Annual administration report of the Civil Veterinary Department of India - 1897-1898
Year: 1897
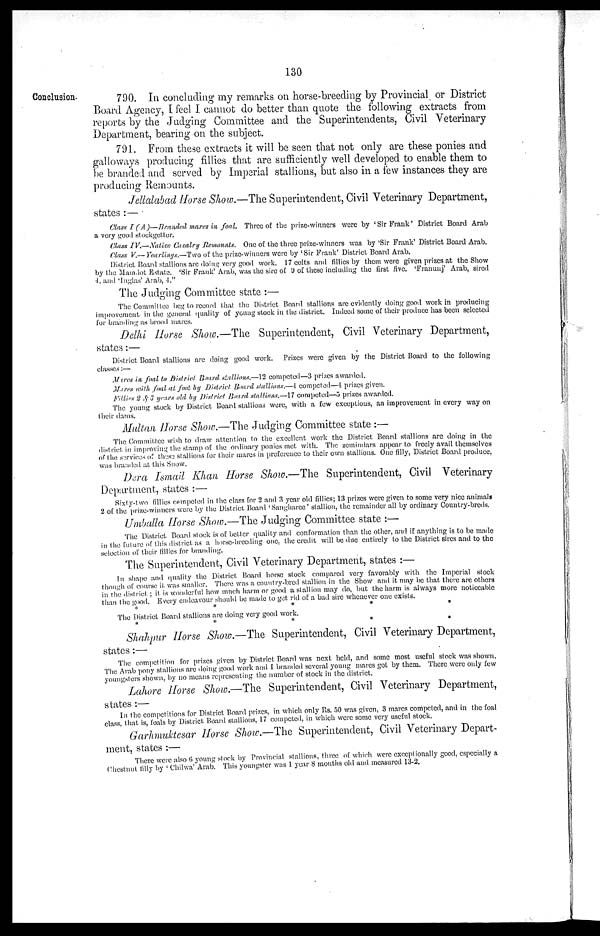
130
Conclusion-
790. In concluding my remarks on horse-breeding by Provincial or District
Board Agency, I feel I cannot do better than quote the following extracts from
reports by the Judging Committee and the Superintendents, Civil Veterinary
Department, bearing on the subject.
791. From these extracts it will be seen that not only are these ponies and
galloways producing fillies that are sufficiently well developed to enable them to
be branded and served by Imperial stallions, but also in a few instances they are
producing Remounts.
Jellalabad Horse Show.—The Superintendent, Civil Veterinary Department,
states :—
Class I (A)—Branded mares in foal. Three of the prize-winners were by 'Sir Frank' District Board Arab
a very good stockgetter.
Class IV.—Natice Cavalry Remounts. One of the three prize-winners was by 'Sir Frank' District Board Arab.
Class V.— Yearlings.—Two of the prize-winners were by 'Sir Frank' District Board Arab.
District Board stallions arc doing very good work. 17 colts and fillies by them were given prizes at the Show
by the Mamdot Estate. 'Sir Frank' Arab, was the sire of 9 of these including the first five. 'Franunj' Arab, sired
4, and 'lnglas' Arab, 4."
The Judging Committee state :—
The Committee beg to record that the District Board stallions are evidently doing good work in producing
improvement in the general quality of young stock in the district. Indeed some of their produce has been selected
for branding as brood mares.
Delhi Horse Show.—The Superintendent, Civil Veterinary Department,
states:—
District Board stallions are doing good work. Prizes were given by the District Board to the following
classes:—
Mares in foal to District Board stallions.—12 competed—3 prizes awarded.
Mares with foal at foot by District Board stallions.—4 competed—4 prizes given.
Fillies 2 & 3 years old by District Board stallions.—17 competed—5 prizes awarded.
The young stock by District Board stallions were, with a few exceptions, an improvement in every way on
their dams.
Multan Horse Show.—The Judging Committee state :—
The Committee wish to draw attention to the excellent work the District Board stallions are doing in the
district in improving the stamp of the ordinary ponies met with. The zemindars appear to freely avail themselves
of the services of these stallions for their mares in preference to their own stallions. One filly, District Board produce,
was branded at this Show.
Dera Ismail Khan Horse Show.—The Superintendent, Civil Veterinary
Department, states :—
Sixty-two fillies competed in the class for 2 and 3 year old fillies; 13 prizes were given to some very nice animals
2 of the prize-winners were by the District Board 'Sangharee' stallion, the remainder all by ordinary Country-breds.
Umballa Horse Show.—The Judging Committee state :—
The District Board stock is of better quality and conformation than the other, and if anything is to be made
in the future of this district as a horse-breeding one, the credit will be due entirely to the District sires and to the
selection of their fillies for branding.
The Superintendent, Civil Veterinary Department, states :—
In shape and quality the District Board horse stock compared very favorably with the Imperial stock
though of course it was smaller. There was a country-bred stallion in the Show and it may be that there are others
in the district; it is wonderful how much harm or good a stallion may do, but the harm is always more noticeable
than the good. Every endeavour should be made to get rid of a bad sire whenever one exists.
*
*
*
*
*
The District Board stallions are doing very good work.
*
*
*
*
*
Shahpur Horse Show.—The Superintendent, Civil Veterinary Department,
states:—
The competition for prizes given by District Board was next held, and some most useful stock was shown.
The Arab pony stallions are doing good work and I branded several young mares got by them. There were only few
youngsters shown, by no means representing the number of stock in the district.
Lahore Horse Show.—The Superintendent, Civil Veterinary Department,
states :—
In the competitions for District Board prizes, in which only Rs. 50 was given, 3 mares competed, and in the foal
class, that is, foals by District Board stallions, 17 competed, in which were some very useful stock.
Garhmuktesar Horse Show.—The Superintendent, Civil Veterinary Depart-
ment, states :—
There were also 6 young stock by Provincial stallions, three of which were exceptionally good, especially a
Chestnut filly by ' Chilwa' Arab. This youngster was 1 year 8 months old and measured 13-2.